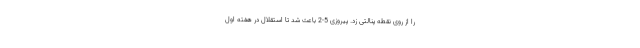
را از روی نقطه پنالتی زد. پیروزی 5-2 باعث شد تا استقلال در هفته اول